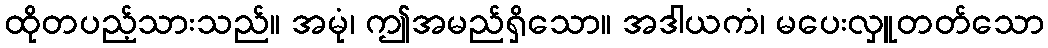
ထိုတပည့်သားသည်။ အမုံ၊ ဤအမည်ရှိသော။ အဒါယကံ၊ မပေးလှူတတ်သော